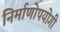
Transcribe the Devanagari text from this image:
निर्माणोपयोगी